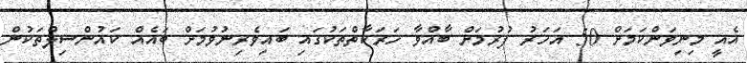
އެއީ މިނިވަންކަމަށް 50 އަހަރު ފުރުމަށް ބާއްވާ ހަރަކާތްތަކުގައި ބައިވެރިނުވުމަށް ބައެއް ކައުންސިލްތަކުން